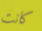
كانت